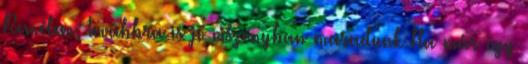
Remélem, továbbra is jó viszonyban maradunk Ha már így